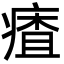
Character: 㾴